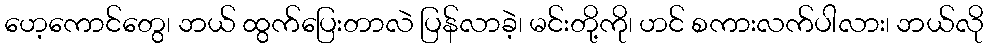
ဟေ့ကောင်တွေ၊ ဘယ် ထွက်ပြေးတာလဲ ပြန်လာခဲ့၊ မင်းတို့ကို၊ ဟင် စကားလက်ပါလား၊ ဘယ်လို